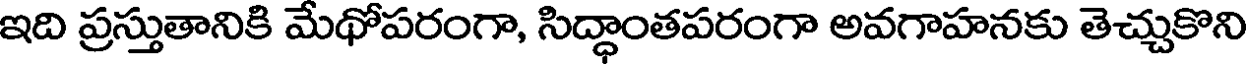
ఇది ప్రస్తుతానికి మేథోపరంగా, సిద్ధాంతపరంగా అవగాహనకు తెచ్చుకొని